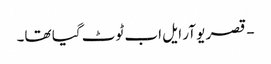
- قصر یو آر ایل اب ٹوٹ گیا تھا۔